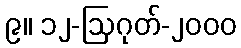
၉။ ၁၂-ဩဂုတ်-၂၀၀၀